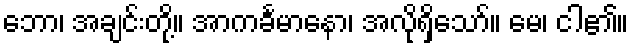
ဘော၊ အချင်းတို့။ အာကင်္ခမာနော၊ အလိုရှိသော်။ မေ၊ ငါ၏။